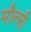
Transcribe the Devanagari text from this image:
मौल्सी